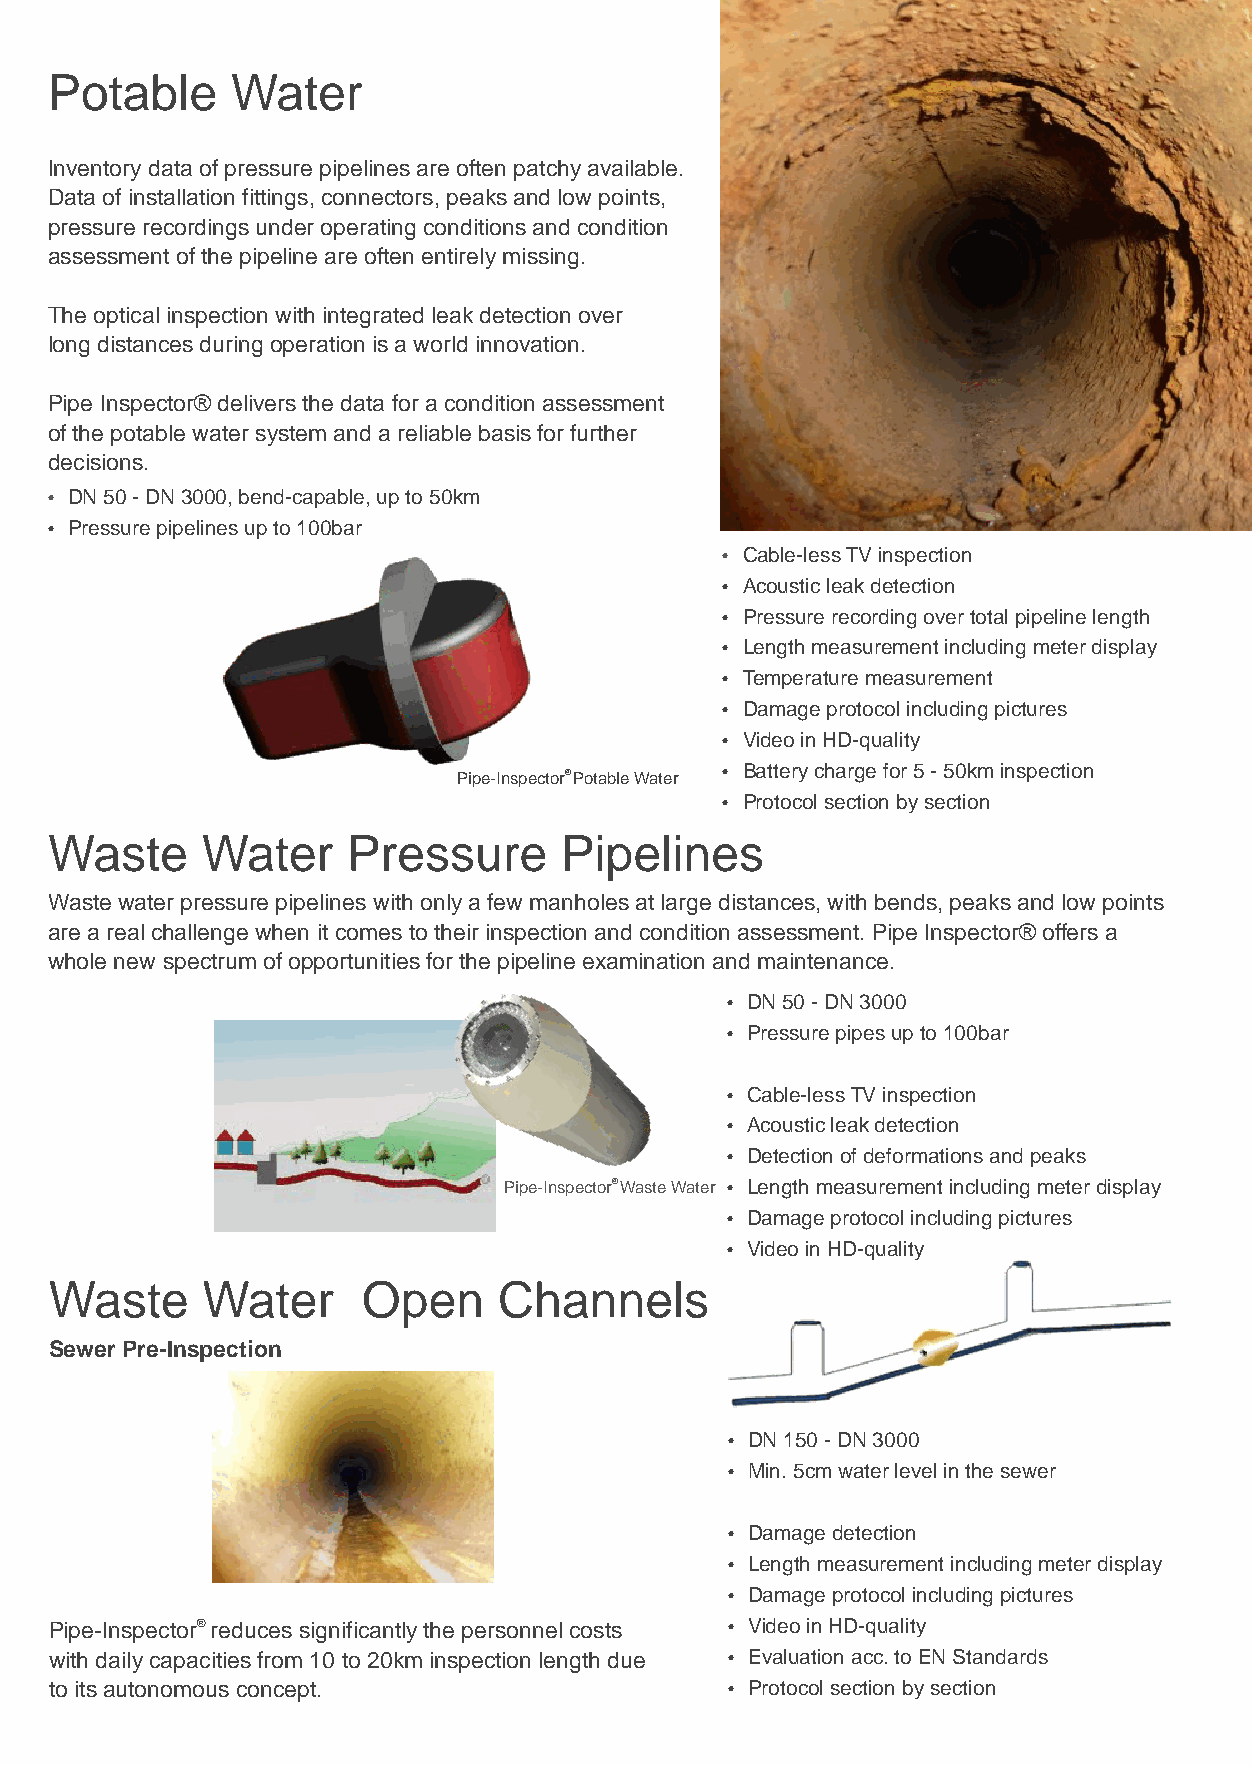
Potable     Water
 Inventory data of pressure pipelines are often patchy available.
 Data of installation fittings, connectors, peaks and low points,
 pressure recordings under operating conditions and condition
 assessment of the pipeline are often entirely missing.
 The optical inspection with integrated leak detection over
 long distances during operation is a world innovation.
 Pipe Inspector® delivers the data for a condition assessment
 of the potable water system and a reliable basis for further
 decisions.
 ŸDN 50 - DN 3000, bend-capable, up to 50km
 ŸPressure pipelines up to 100bar
 ŸCable-less TV inspection
 ŸAcoustic leak detection
 ŸPressure recording over total pipeline length
 ŸLength measurement including meter display
 ŸTemperature measurement
 ŸDamage protocol including pictures
 ŸVideo in HD-quality
 Pipe-Inspector® Potable Water
 ŸBattery charge for 5 - 50km inspection
 ŸProtocol section by section
 Waste     Water     Pressure      Pipelines
 Waste water pressure pipelines with only a few manholes at large distances, with bends, peaks and low points
 are a real challenge when it comes to their inspection and condition assessment. Pipe Inspector® offers a
 whole new spectrum of opportunities for the pipeline examination and maintenance.
 ŸDN 50 - DN 3000
 ŸPressure pipes up to 100bar
 ŸCable-less TV inspection
 ŸAcoustic leak detection
 ŸDetection of deformations and peaks
 Pipe-Inspector® Waste Water ŸLength measurement including meter display
 ŸDamage protocol including pictures
 ŸVideo in HD-quality
 Waste     Water      Open     Channels
 Sewer Pre-Inspection
 ŸDN 150 - DN 3000
 ŸMin. 5cm water level in the sewer
 ŸDamage detection
 ŸLength measurement including meter display
 ŸDamage protocol including pictures
 Pipe-Inspector® reduces significantly the personnel costs ŸVideo in HD-quality
 with daily capacities from 10 to 20km inspection length due ŸEvaluation acc. to EN Standards
 to its autonomous concept.                   ŸProtocol section by section